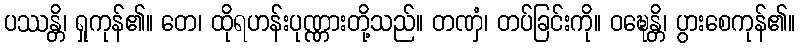
ပဿန္တိ၊ ရှုကုန်၏။ တေ၊ ထိုရဟန်းပုဏ္ဏားတို့သည်။ တဏှံ၊ တပ်ခြင်းကို။ ဝဍ္ဎေန္တိ၊ ပွားစေကုန်၏။